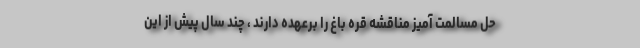
حل مسالمت آمیز مناقشه قره باغ را برعهده دارند ، چند سال پیش از این